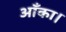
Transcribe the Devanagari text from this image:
आँका।